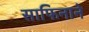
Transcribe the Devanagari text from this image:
साफिनाने